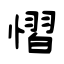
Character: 慴